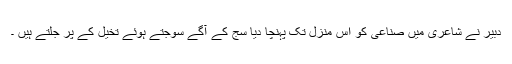
دبیر نے شاعری میں صناعی کو اس منزل تک پہنچا دیا سج کے آگے سوجتے ہوئے تخیل کے پر جلتے ہیں ۔